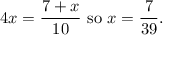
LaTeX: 4 x = { \frac { 7 + x } { 1 0 } } { \mathrm { ~ s o ~ } } x = { \frac { 7 } { 3 9 } } .